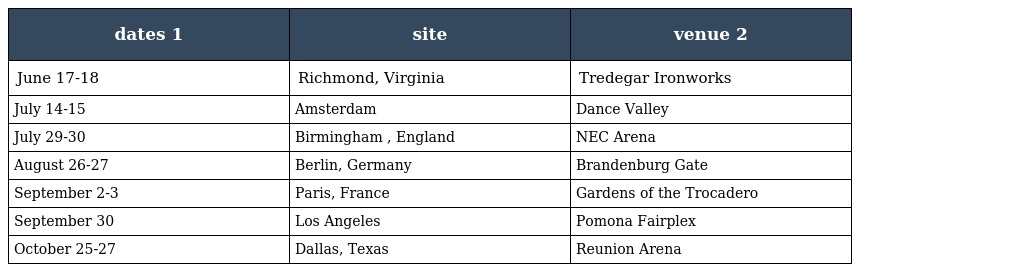
| dates 1 | site | venue 2 |
 | --- | --- | --- |
 | June 17-18 | Richmond, Virginia | Tredegar Ironworks |
 | July 14-15 | Amsterdam | Dance Valley |
 | July 29-30 | Birmingham , England | NEC Arena |
 | August 26-27 | Berlin, Germany | Brandenburg Gate |
 | September 2-3 | Paris, France | Gardens of the Trocadero |
 | September 30 | Los Angeles | Pomona Fairplex |
 | October 25-27 | Dallas, Texas | Reunion Arena |